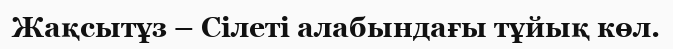
Жақсытұз – Сілеті алабындағы тұйық көл.